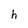
Character: h